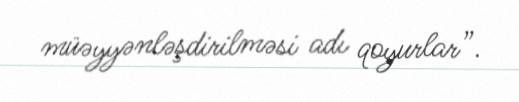
müəyyənləşdirilməsi adı qoyurlar”.